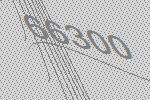
66300